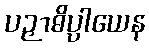
ပဉှာဓိပ္ပါယေန